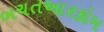
બચતઆરકોમ